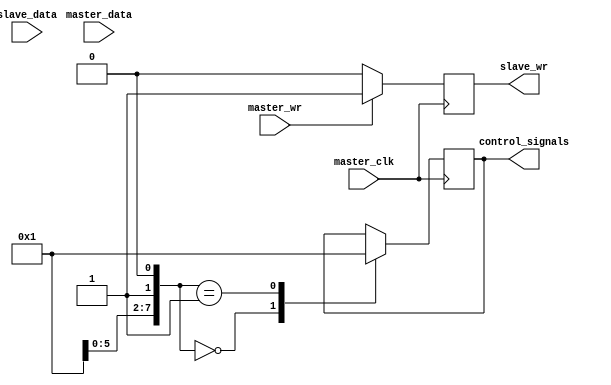
module AXI_Controller (
    input wire master_clk,
    input wire [31:0] master_data,
    input wire master_wr,
    input wire [31:0] slave_data,
    output reg slave_wr,
    output reg [3:0] control_signals
);

reg [7:0] timing_control;
reg [7:0] synchronization_control;

always @ (posedge master_clk) begin
    // Timing control block logic
    case (timing_control)
        8'h00: control_signals <= 4'b0000; // Reset control signals
        8'h01: control_signals <= 4'b0001; // Start data transfer
        // Add more timing control logic as needed
    endcase
    
    // Synchronization block logic
    if (master_wr) begin
        slave_wr <= 1'b1; // Assert slave write signal
        slave_data <= master_data; // Synchronize data between master and slave
    end else begin
        slave_wr <= 1'b0; // Deassert slave write signal
    end
end

endmodule